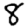
Digit: 8